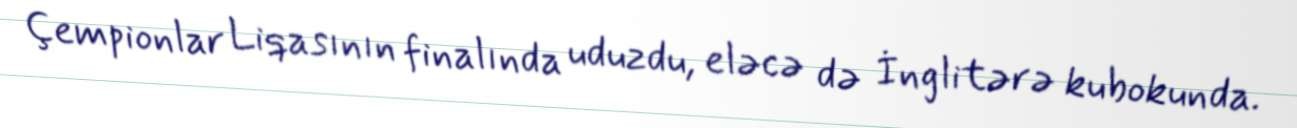
Çempionlar Liqasının finalında uduzdu, eləcə də İnglitərə kubokunda.